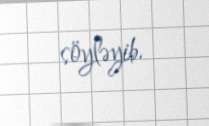
söyləyib.